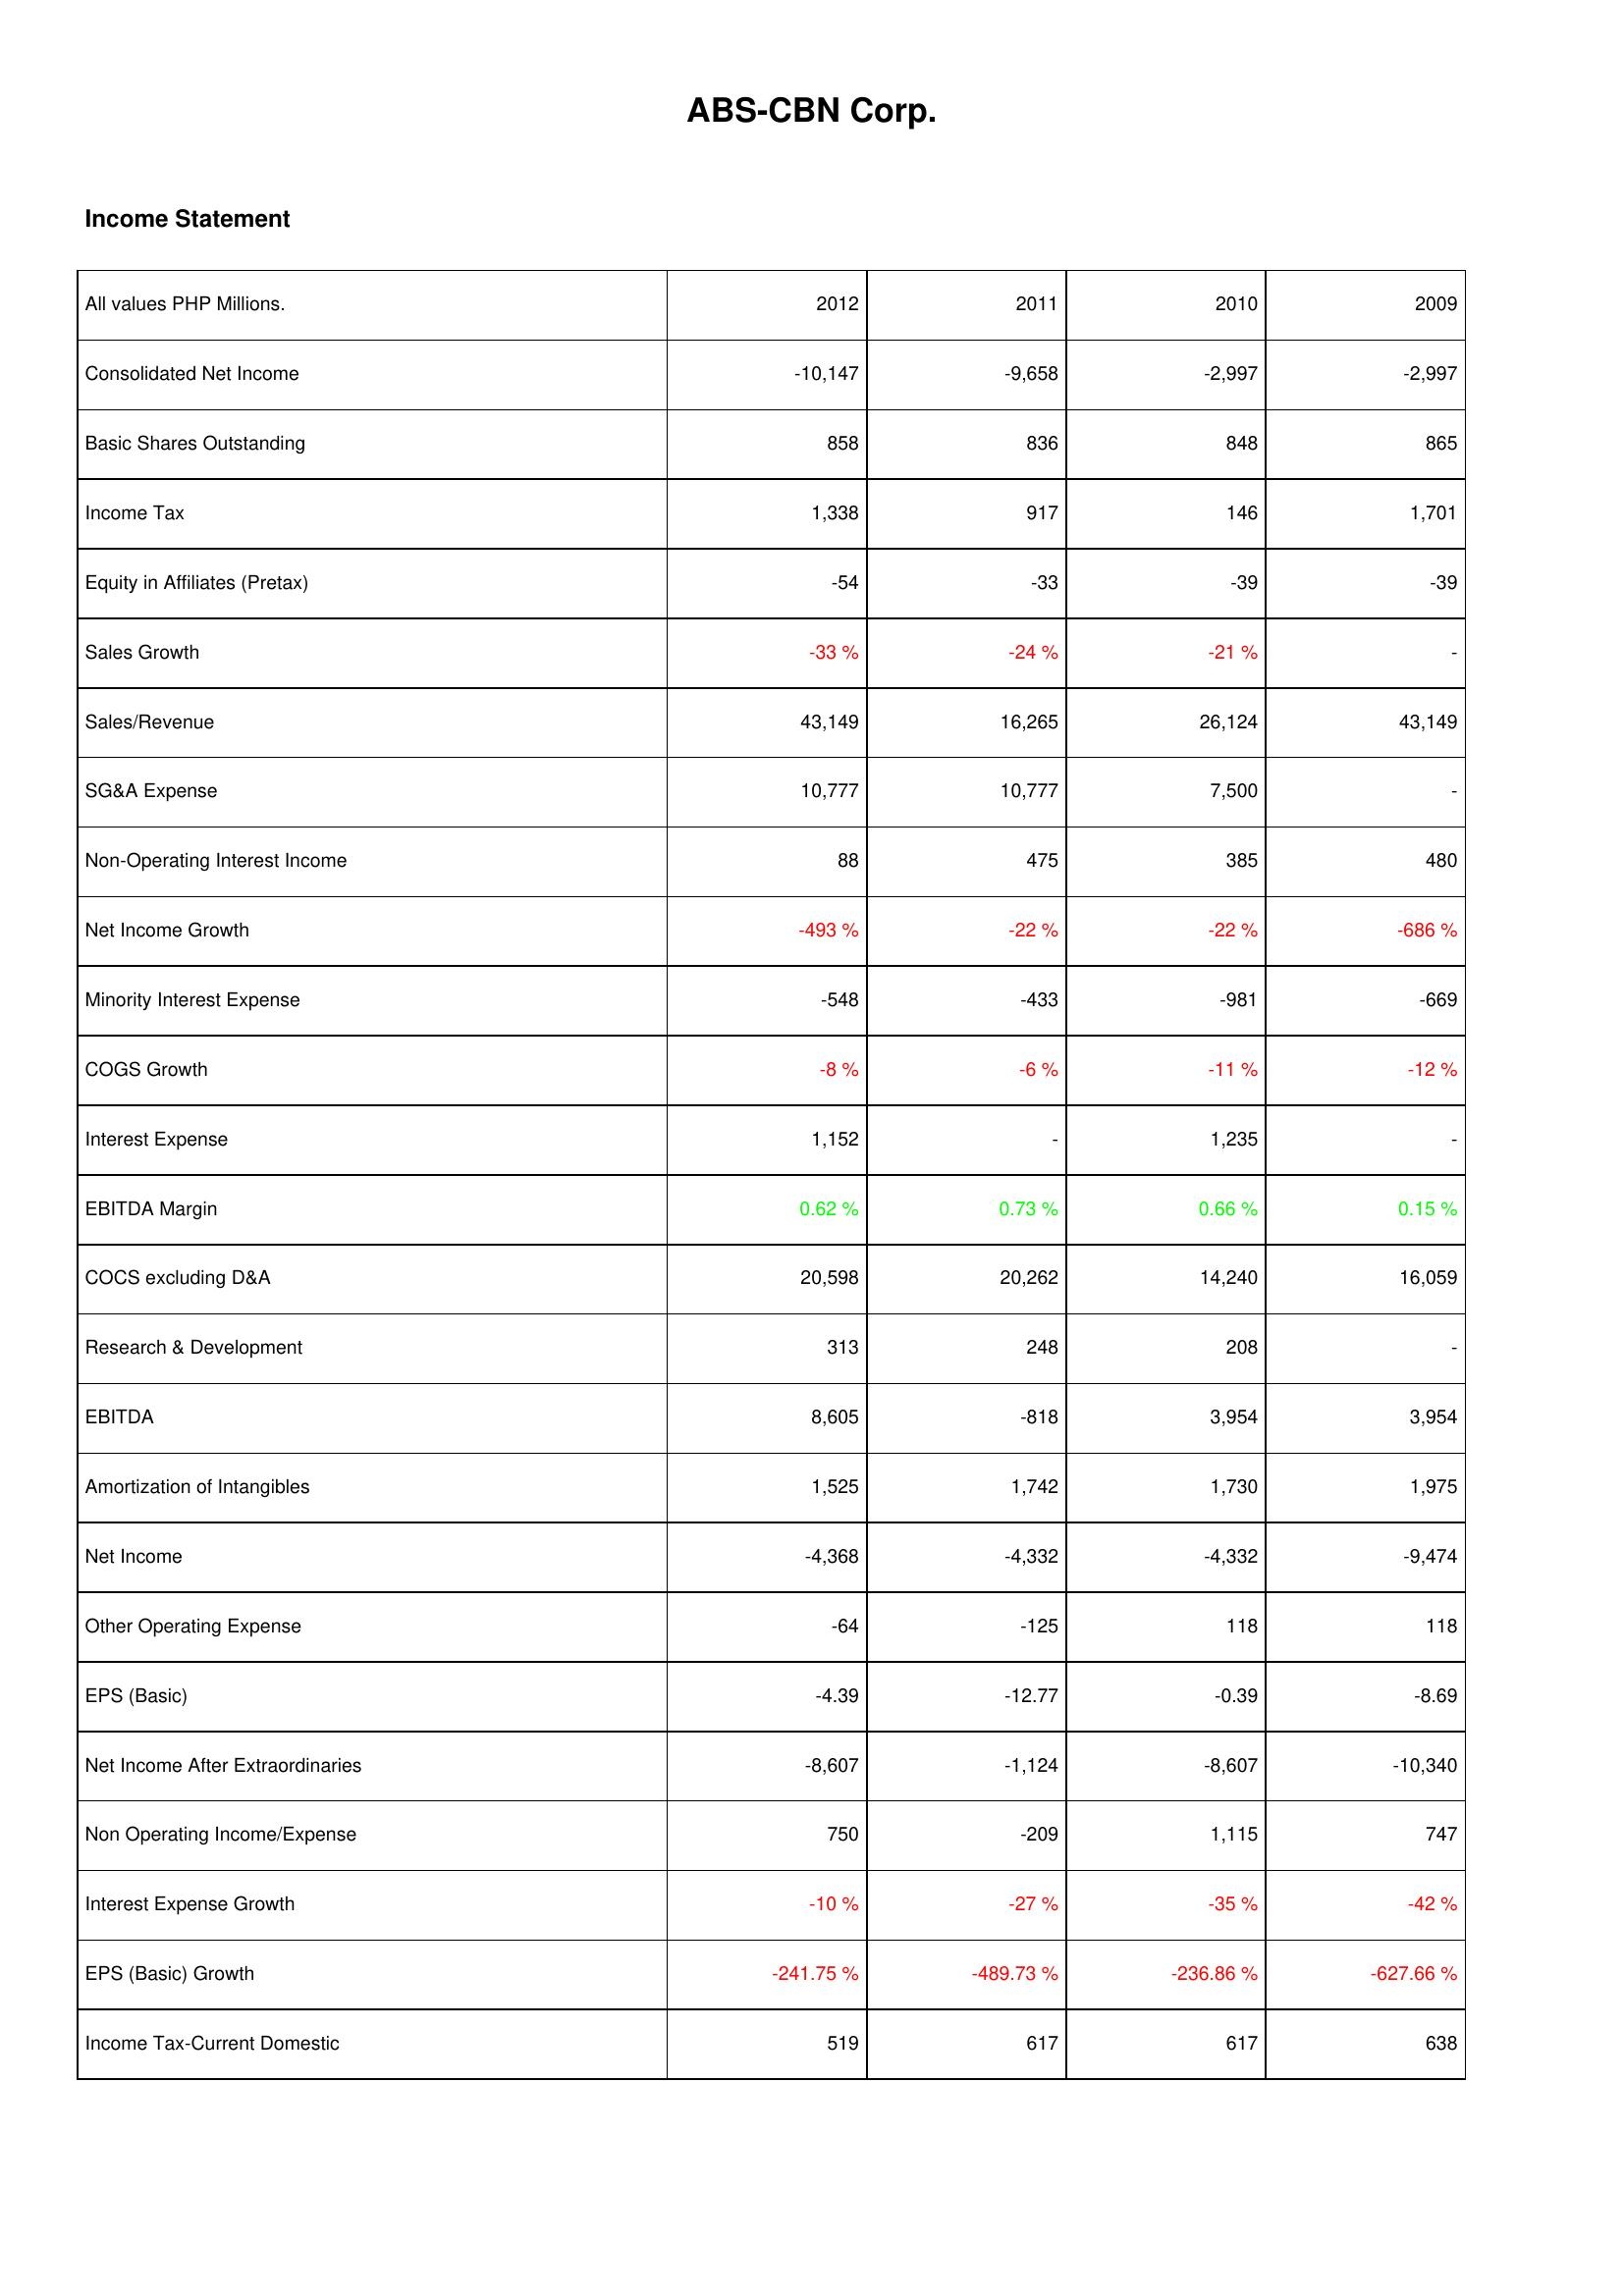
2012: Income Statement: Consolidated Net Income: -10,147
Basic Shares Outstanding: 858
Income Tax: 1,338
Equity in Affiliates (Pretax): -54
Sales Growth: -33 %
Sales/Revenue: 43,149
SG&A Expense: 10,777
Non-Operating Interest Income: 88
Net Income Growth: -493 %
Minority Interest Expense: -548
COGS Growth: -8 %
Interest Expense: 1,152
EBITDA Margin: 0.62 %
COCS excluding D&A: 20,598
Research & Development: 313
EBITDA: 8,605
Amortization of Intangibles: 1,525
Net Income: -4,368
Other Operating Expense: -64
EPS (Basic): -4.39
Net Income After Extraordinaries: -8,607
Non Operating Income/Expense: 750
Interest Expense Growth: -10 %
EPS (Basic) Growth: -241.75 %
Income Tax-Current Domestic: 519
2011: Income Statement: Consolidated Net Income: -9,658
Basic Shares Outstanding: 836
Income Tax: 917
Equity in Affiliates (Pretax): -33
Sales Growth: -24 %
Sales/Revenue: 16,265
SG&A Expense: 10,777
Non-Operating Interest Income: 475
Net Income Growth: -22 %
Minority Interest Expense: -433
COGS Growth: -6 %
Interest Expense: -
EBITDA Margin: 0.73 %
COCS excluding D&A: 20,262
Research & Development: 248
EBITDA: -818
Amortization of Intangibles: 1,742
Net Income: -4,332
Other Operating Expense: -125
EPS (Basic): -12.77
Net Income After Extraordinaries: -1,124
Non Operating Income/Expense: -209
Interest Expense Growth: -27 %
EPS (Basic) Growth: -489.73 %
Income Tax-Current Domestic: 617
2010: Income Statement: Consolidated Net Income: -2,997
Basic Shares Outstanding: 848
Income Tax: 146
Equity in Affiliates (Pretax): -39
Sales Growth: -21 %
Sales/Revenue: 26,124
SG&A Expense: 7,500
Non-Operating Interest Income: 385
Net Income Growth: -22 %
Minority Interest Expense: -981
COGS Growth: -11 %
Interest Expense: 1,235
EBITDA Margin: 0.66 %
COCS excluding D&A: 14,240
Research & Development: 208
EBITDA: 3,954
Amortization of Intangibles: 1,730
Net Income: -4,332
Other Operating Expense: 118
EPS (Basic): -0.39
Net Income After Extraordinaries: -8,607
Non Operating Income/Expense: 1,115
Interest Expense Growth: -35 %
EPS (Basic) Growth: -236.86 %
Income Tax-Current Domestic: 617
2009: Income Statement: Consolidated Net Income: -2,997
Basic Shares Outstanding: 865
Income Tax: 1,701
Equity in Affiliates (Pretax): -39
Sales Growth: -
Sales/Revenue: 43,149
SG&A Expense: -
Non-Operating Interest Income: 480
Net Income Growth: -686 %
Minority Interest Expense: -669
COGS Growth: -12 %
Interest Expense: -
EBITDA Margin: 0.15 %
COCS excluding D&A: 16,059
Research & Development: -
EBITDA: 3,954
Amortization of Intangibles: 1,975
Net Income: -9,474
Other Operating Expense: 118
EPS (Basic): -8.69
Net Income After Extraordinaries: -10,340
Non Operating Income/Expense: 747
Interest Expense Growth: -42 %
EPS (Basic) Growth: -627.66 %
Income Tax-Current Domestic: 638